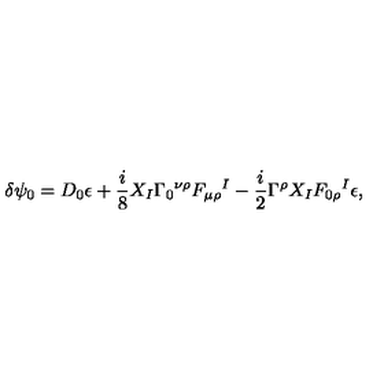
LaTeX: \delta \psi _ { 0 } = D _ { 0 } \epsilon + { \frac { i } { 8 } } X _ { I } \Gamma _ { 0 } { } ^ { \nu \rho } F _ { \mu \rho } { } ^ { I } - { \frac { i } { 2 } } \Gamma ^ { \rho } X _ { I } F _ { 0 \rho } { } ^ { I } \epsilon ,